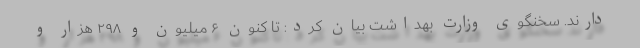
دارند. سخنگوی وزارت بهداشت بیان کرد: تا کنون ۶ میلیون و ۲۹۸ هزار و